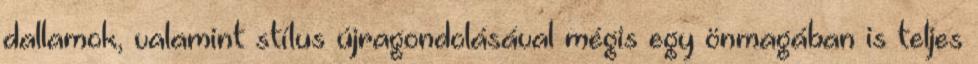
dallamok, valamint stílus újragondolásával mégis egy önmagában is teljes